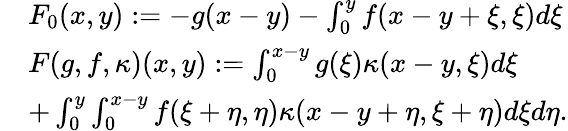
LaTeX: \begin{array}{rl}&{F_{0}(x,y):=-g(x-y)-\int_{0}^{y}f(x-y+\xi,\xi)d\xi}\\ &{F(g,f,\kappa)(x,y):=\int_{0}^{x-y}g(\xi)\kappa(x-y,\xi)d\xi}\\ &{+\int_{0}^{y}\int_{0}^{x-y}f(\xi+\eta,\eta)\kappa(x-y+\eta,\xi+\eta)d\xi d\eta.}\end{array}